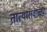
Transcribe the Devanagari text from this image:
तात्यारावांच्या